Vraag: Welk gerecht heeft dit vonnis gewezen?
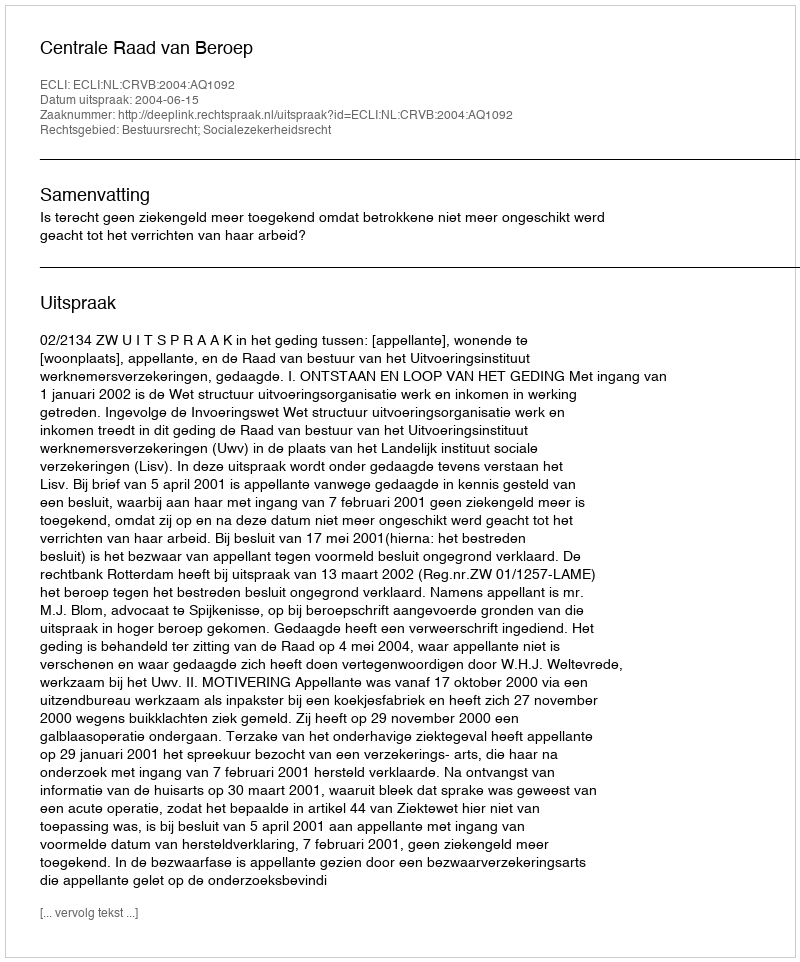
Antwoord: Centrale Raad van Beroep